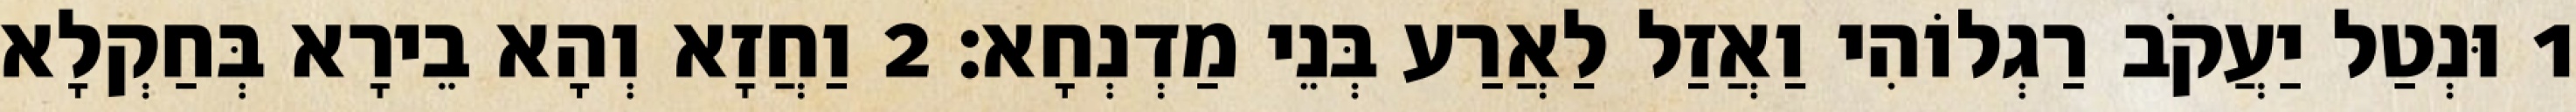
1 וּנְטַל יַעֲקֹב רַגְלוֹהִי וַאֲזַל לַאֲרַע בְּנֵי מַדְנְחָא׃ 2 וַחֲזָא וְהָא בֵירָא בְּחַקְלָא